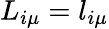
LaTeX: L_{i\mu}=l_{i\mu}